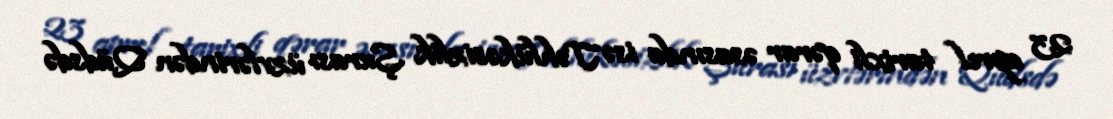
23 aprel tarixli qərar əsasında isə Təhlükəsizlik Şurası üzvlərindən Qüdsdə